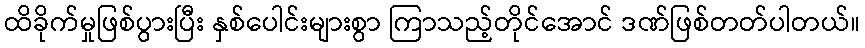
ထိခိုက်မှုဖြစ်ပွားပြီး နှစ်ပေါင်းများစွာ ကြာသည့်တိုင်အောင် ဒဏ်ဖြစ်တတ်ပါတယ်။